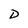
Character: D